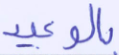
بالوعيد